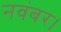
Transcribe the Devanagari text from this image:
नवंबर।